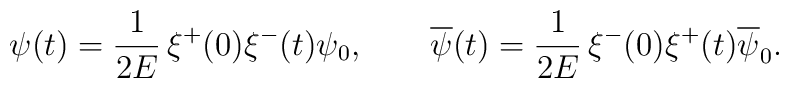
\psi (t)=\frac{1}{2E}\,\xi ^+(0)\xi ^-(t)\psi _{0},\qquad\overline{\psi}(t)=\frac{1}{2E}\,\xi ^-(0)\xi ^+(t)\overline{\psi}_{0}.